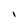
Character: I